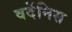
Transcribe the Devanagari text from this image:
वर्देनिस